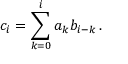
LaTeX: c _ { i } = \sum _ { k = 0 } ^ { i } a _ { k } b _ { i - k } \, .